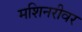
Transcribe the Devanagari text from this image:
मशिनरीवर